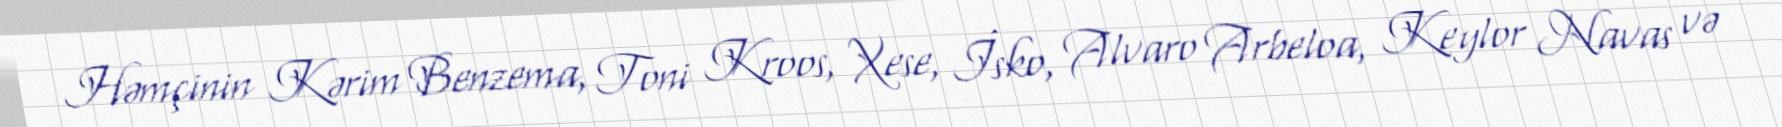
Həmçinin Kərim Benzema, Toni Kroos, Xese, İsko, Alvaro Arbeloa, Keylor Navas və